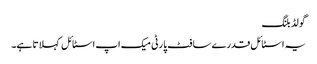
گو لڈ بلنگ
یہ اسٹا ئل قدرے سا فٹ پا رٹی میک اپ اسٹا ئل کہلا تا ہے۔